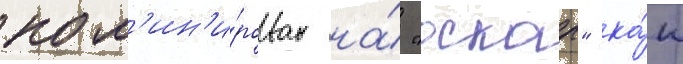
ном'ин'и́рован на́ "оскар" ка́к